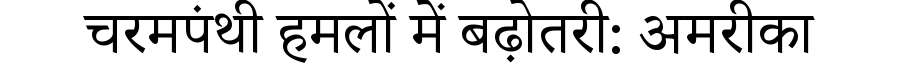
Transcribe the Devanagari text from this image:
चरमपंथी हमलों में बढ़ोतरी: अमरीका